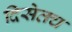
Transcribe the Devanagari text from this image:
दिसेतच